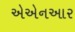
એએનઆર